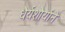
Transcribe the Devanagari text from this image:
धैर्यशौर्याने